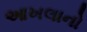
આખલાનો